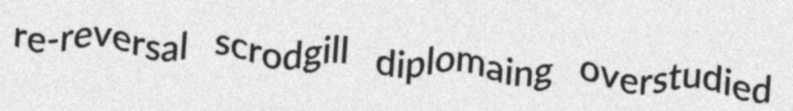
re-reversal scrodgill diplomaing overstudied